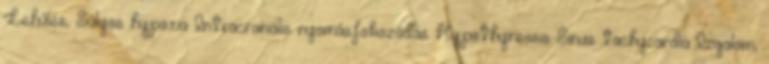
Lehűlés, Súlyos hypoxia Intracraniális nyomásfokozódás Hypothyreosis Sinus tachycardia Izgalom,